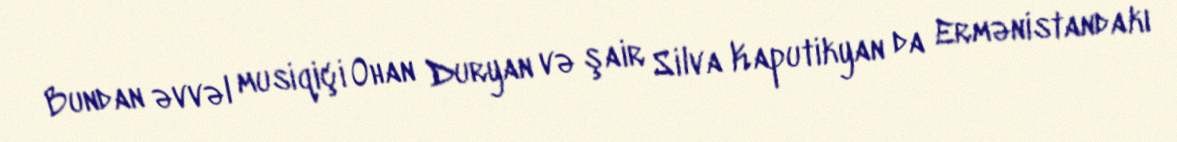
Bundan əvvəl musiqiçi Ohan Duryan və şair Silva Kaputikyan da Ermənistandakı